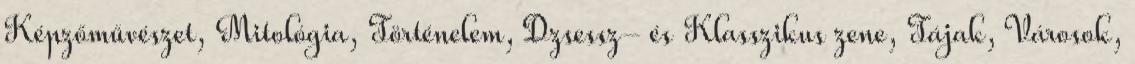
Képzőművészet, Mitológia, Történelem, Dzsessz- és Klasszikus zene, Tájak, Városok,